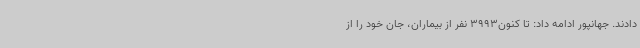
دادند. جهانپور ادامه داد: تا کنون3993 نفر از بیماران، جان خود را از